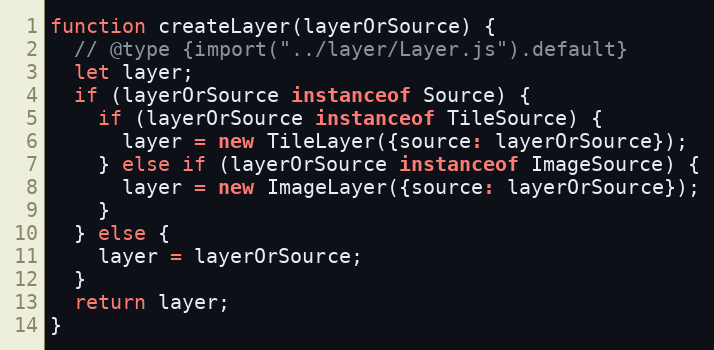
Language: JavaScript
function createLayer(layerOrSource) {
  // @type {import("../layer/Layer.js").default}
  let layer;
  if (layerOrSource instanceof Source) {
    if (layerOrSource instanceof TileSource) {
      layer = new TileLayer({source: layerOrSource});
    } else if (layerOrSource instanceof ImageSource) {
      layer = new ImageLayer({source: layerOrSource});
    }
  } else {
    layer = layerOrSource;
  }
  return layer;
}